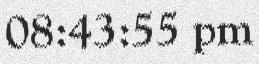
08:43:55 pm